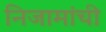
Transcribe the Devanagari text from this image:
निजामांची